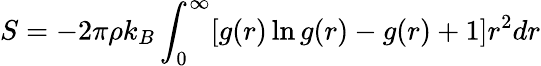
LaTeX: S=-2\pi\rho k_{B}\int_{0}^{\infty}[g(r)\ln g(r)-g(r)+1]r^{2}dr